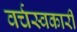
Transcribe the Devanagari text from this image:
वर्चस्वकारी